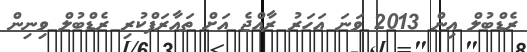
ރެޑްބުލް އިން 2013 ވަނަ އަހަރު ރާއްޖެ އަށް ތައާރަފްކުރި ރެޑްބުލް ވިނިން